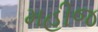
મહીજ